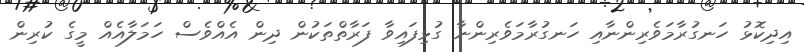
އިދިކޮޅު ހަނގުރާމަވެރިންނާއި ހަނގުރާމަވެރިންނާ ގުޅިފައިވާ ފަރާތްތަކުން ދިން އެއްވެސް ހަމަލާއެއް މީގެ ކުރިން